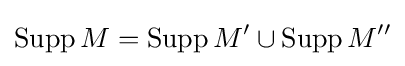
\operatorname {Supp} M=\operatorname {Supp} M'\cup \operatorname {Supp} M''